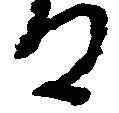
る